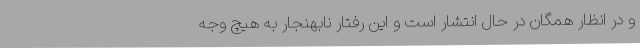
و در انظار همگان در حال انتشار است و این رفتار نابهنجار به هیچ وجه